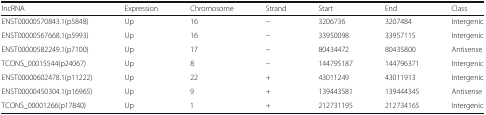
| lncRNA | Expression | Chromosome | Strand | Start | End | Class |
 | --- | --- | --- | --- | --- | --- | --- |
 | ENST00000570843.1(p5848) | Up | 16 | − | 3206736 | 3207484 | Intergenic |
 | ENST00000567668.1(p5993) | Up | 16 | − | 33950098 | 33957115 | Intergenic |
 | ENST00000582249.1(p7100) | Up | 17 | − | 80434472 | 80435800 | Antisense |
 | TCONS_00015544(p24067) | Up | 8 | − | 144795187 | 144796371 | Intergenic |
 | ENST00000602478.1(p11222) | Up | 22 | + | 43011249 | 43011913 | Intergenic |
 | ENST00000450304.1(p16965) | Up | 9 | + | 139443581 | 139444345 | Antisense |
 | TCONS_00001266(p17840) | Up | 1 | + | 212731195 | 212734165 | Intergenic |